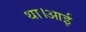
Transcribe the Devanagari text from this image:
था।आई